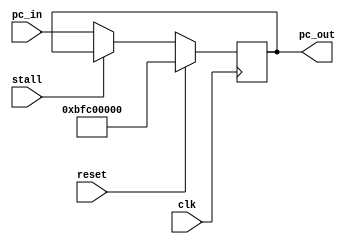
`timescale 1ns / 1ps
//////////////////////////////////////////////////////////////////////////////////
// Company:  
// Engineer: 
// 
// Design Name: 
// Module Name: exmem_reg
// Project Name: 
// Target Devices: 
// Tool Versions: 
// Description: 
// 
// Dependencies: 
// 
// Revision:
// Revision 0.01 - File Created
// Additional Comments:
// 
//////////////////////////////////////////////////////////////////////////////////
module pc(
    input clk,
    input reset,
    input stall,
    input [31:0] pc_in,
//    (* mark_debug = "true" *)
    output reg [31:0] pc_out
);

initial begin
    pc_out <= 32'h0; //loader
end

always @(posedge clk) begin
    if (reset) begin
    	pc_out <= 32'hbfc00000; //loader
    end
    else if (!stall) begin
    	pc_out <= pc_in;
    end 	
end

endmodule